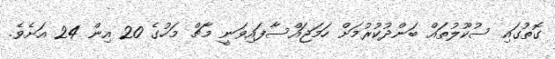
ގޮތުގައި ސުކޫލުތައް ބަންދުކުރުމަށް ހަމަޖައްސާފައިވަނީ މާޗް މަހުގެ 20 އިން 24 އަށެވެ.